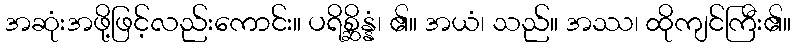
အဆုံးအဖို့ဖြင့်လည်းကောင်း။ ပရိစ္ဆိန္နံ၊ ၏။ အယံ၊ သည်။ အဿ၊ ထိုကျင်ကြီး၏။